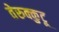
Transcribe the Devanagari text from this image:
तेरुक्कुटू